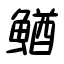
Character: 鰌